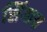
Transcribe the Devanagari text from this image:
सिंगाय